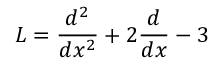
L = { \frac { d ^ { 2 } } { d x ^ { 2 } } } + 2 { \frac { d } { d x } } - 3